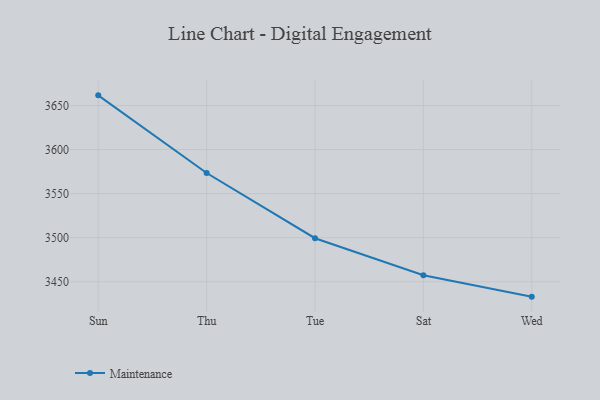
{"axis": {"x": "Day", "y": "Budget (USD K)"}, "legend": ["Maintenance"], "data": [{"x": "Sun", "y": 3661.5, "type": "Maintenance"}, {"x": "Thu", "y": 3573.4, "type": "Maintenance"}, {"x": "Tue", "y": 3499.4, "type": "Maintenance"}, {"x": "Sat", "y": 3457.3, "type": "Maintenance"}, {"x": "Wed", "y": 3433.1, "type": "Maintenance"}]}